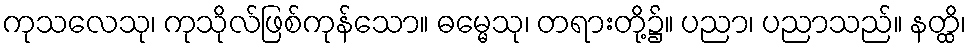
ကုသလေသု၊ ကုသိုလ်ဖြစ်ကုန်သော။ ဓမ္မေသု၊ တရားတို့၌။ ပညာ၊ ပညာသည်။ နတ္ထိ၊